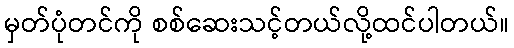
မှတ်ပုံတင်ကို စစ်ဆေးသင့်တယ်လို့ထင်ပါတယ်။